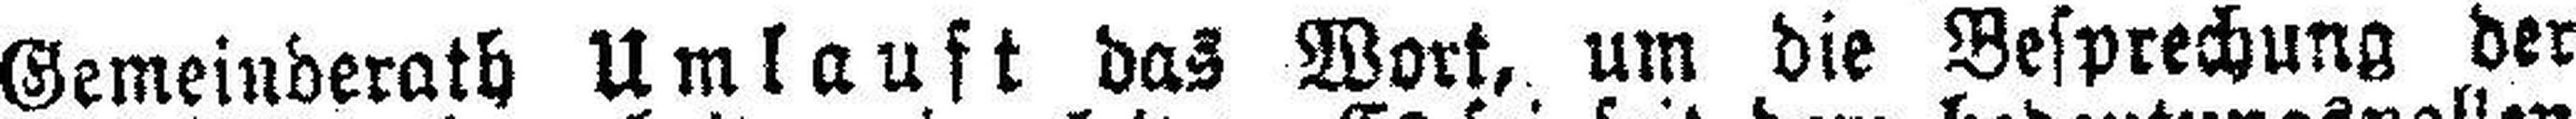
Gemeinderath Umlauft das Wort, um die Besprechung der